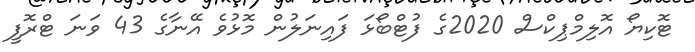
ޓޮކިޔޯ އޮލިމްޕިކްސް 2020ގެ ފުޓްބޯޅަ ފައިނަލުން މޮޅުވެ އޭނާގެ 43 ވަނަ ޓްރޮފީ